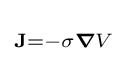
\scriptstyle \mathbf {J} =-\sigma {\boldsymbol {\nabla }}V